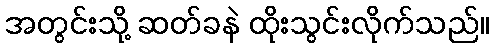
အတွင်းသို့ ဆတ်ခနဲ ထိုးသွင်းလိုက်သည်။